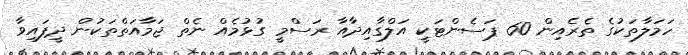
ހަމަލާތަކުގެ ތެރެއިން 60 ޕަސެންޓަކީ އަލްގާއިދާއާ ރަސްމީ ގުޅުމެއް ނެތް ޖަމާއަތްތަކުން ދީފައިވާ